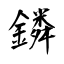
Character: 鏻